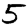
Digit: 5